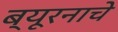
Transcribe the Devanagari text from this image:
ब्यूरनाचे